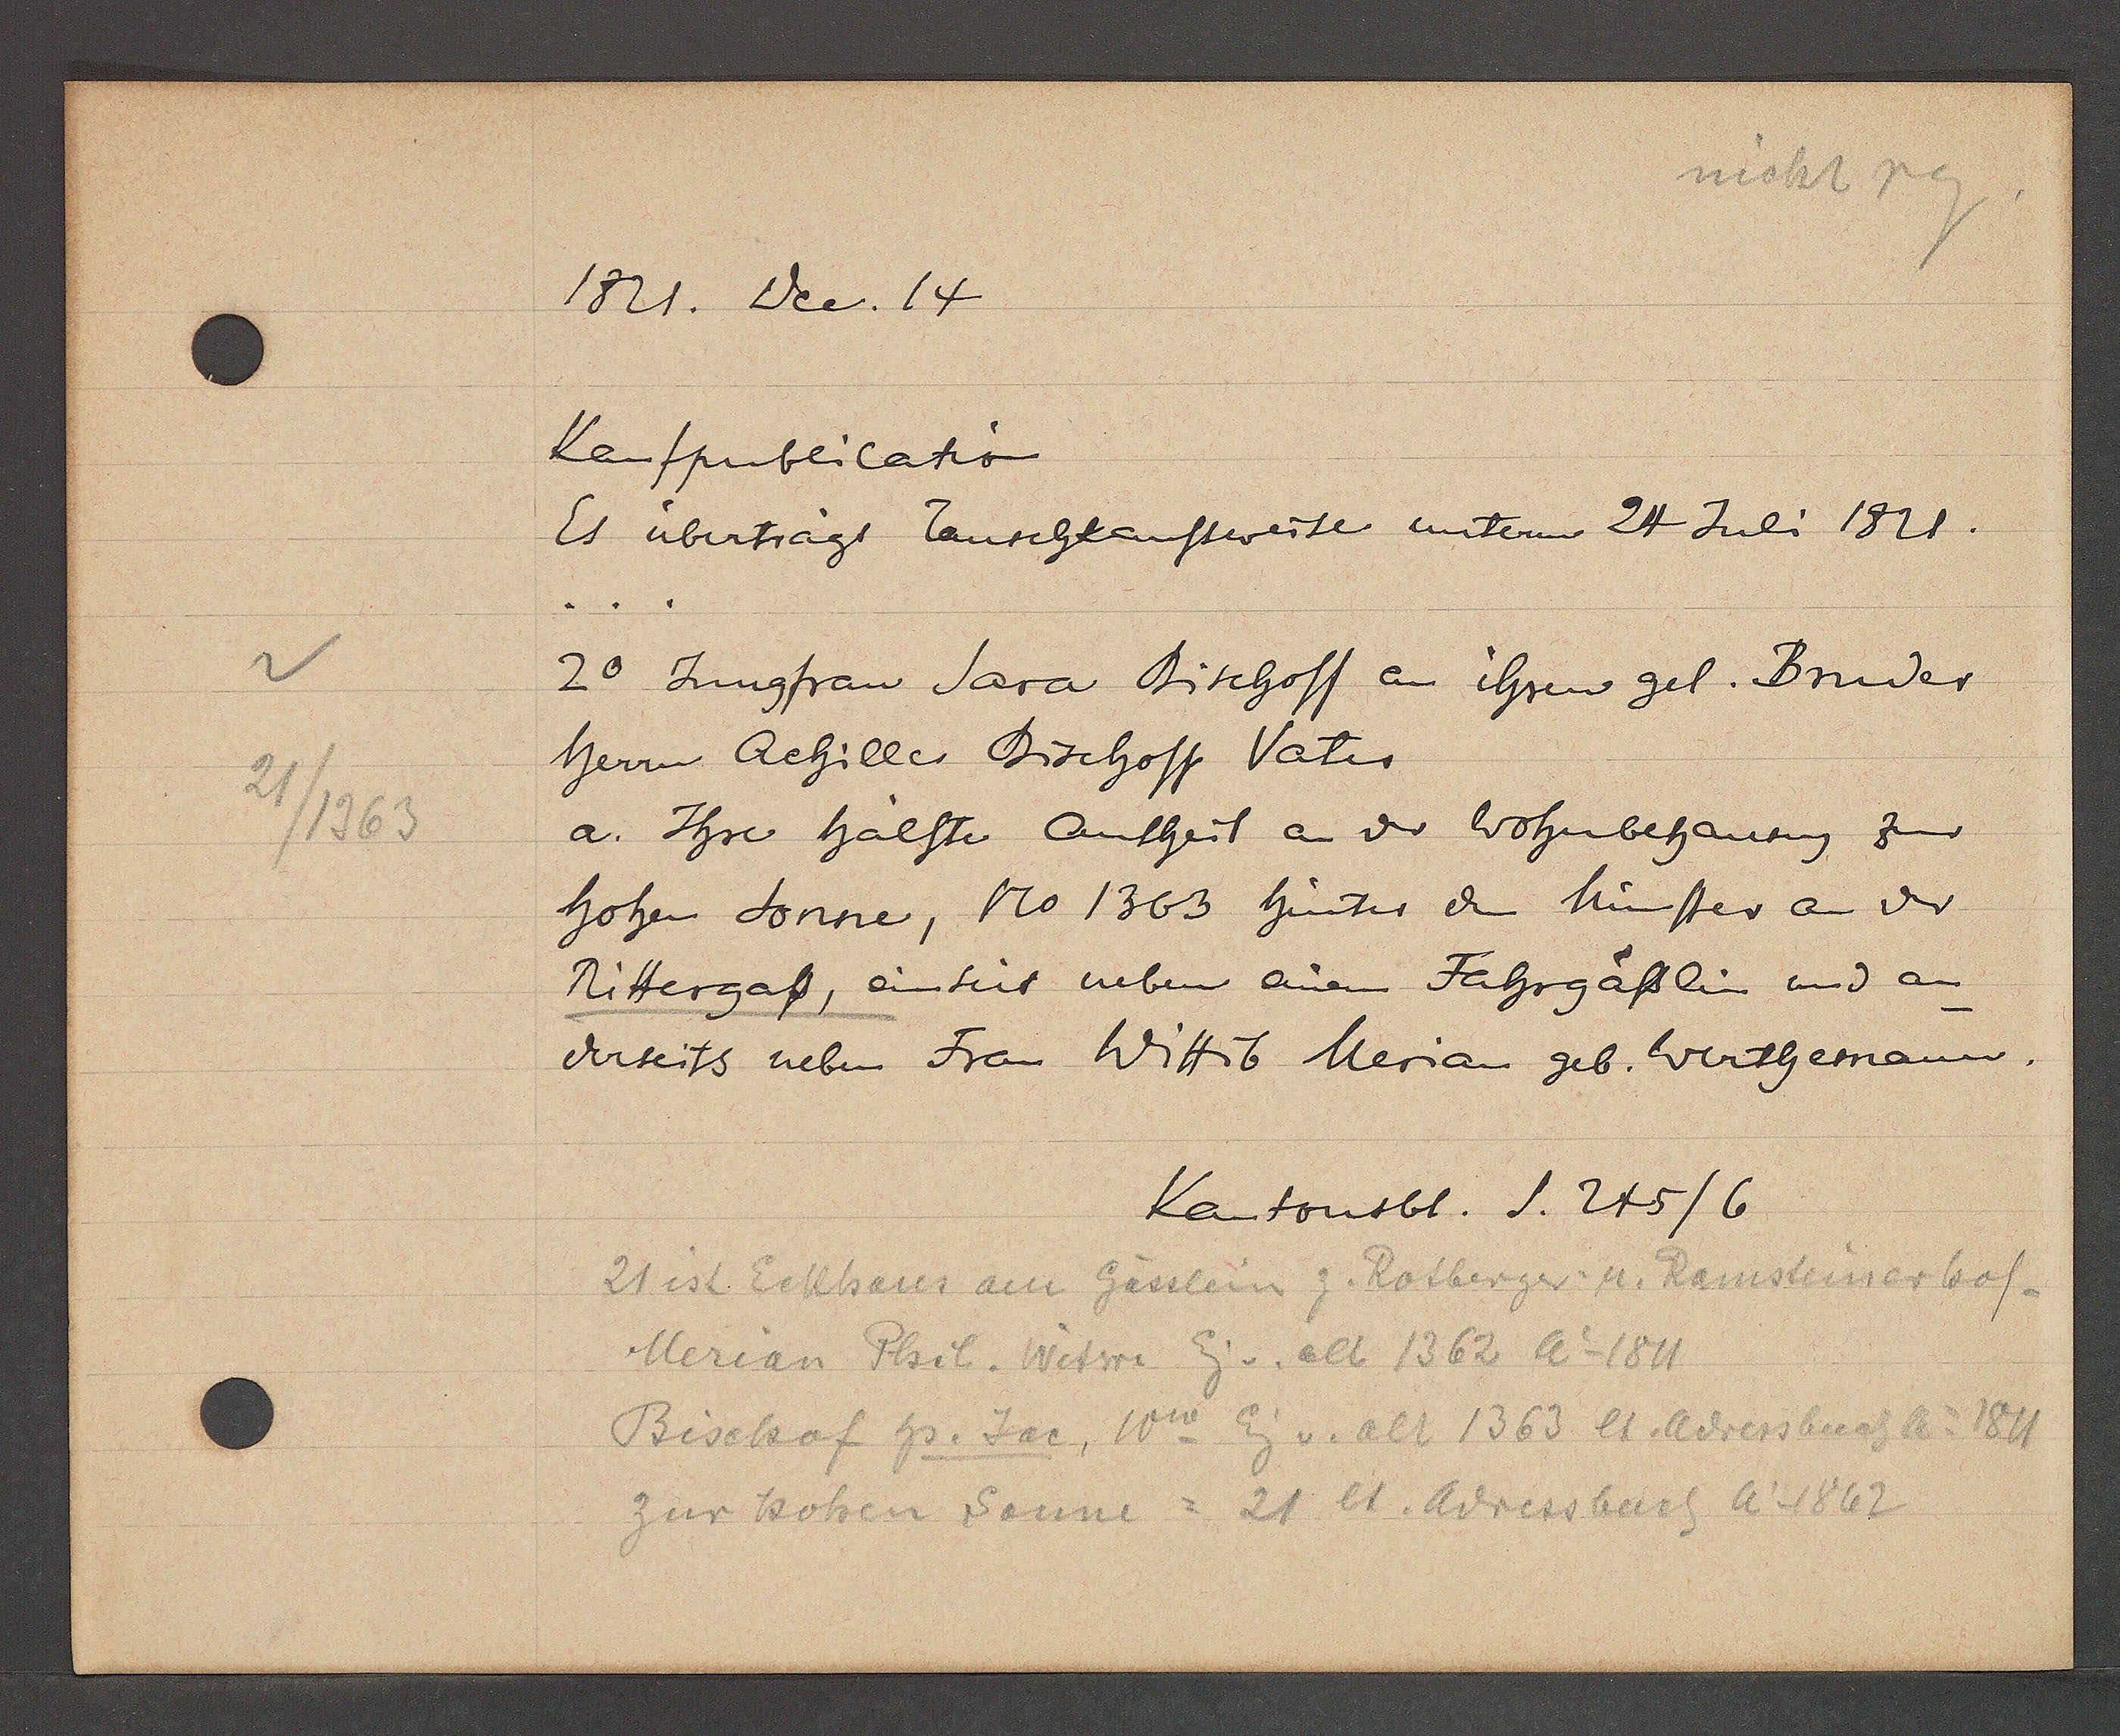
Transcript:
21/1363

1821. Dec. 14

Kaufpublicatio
Es überträgt Tauschkaufsweise untererm 24 Juli 1821.
...
20 Jungfraw Sara Bischoff an ihren gel. Bruder
Herrn Achilles Bischoff Vater
a. Ihse halste hälfte antheil an der Wohnbehausung zur
hohen Sonne, No 1363 hinter den Münster an der
Rittergaß, einseit neben einem Fahrgässlin und an
derseits neben Frau Wittib Merian geb. Werthemann.

Kantonsbl. S. 245/6

21 ist Eckhaus am Gässlein z. Rotberger u. Ramsteinerhof
Merian Phil. Witwe Eig v. alt 1362 Ao 1811
Bischof hs. Jac, Ww Eig v. alt 1363 lt. Adressbuch ao 1811
zur hohen Sonne = 21 lt. Adressbuch Ao 1862